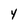
Character: Y